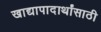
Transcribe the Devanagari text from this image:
खाद्यापादार्थांसाठी